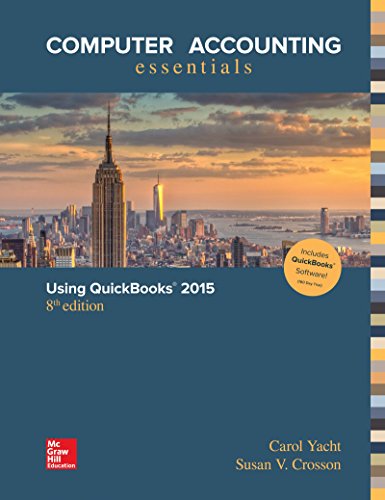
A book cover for Computer Accounting Essentials Using QuickBooks 2015 QuickBooks Software; Carol Yacht; Computers & Technology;